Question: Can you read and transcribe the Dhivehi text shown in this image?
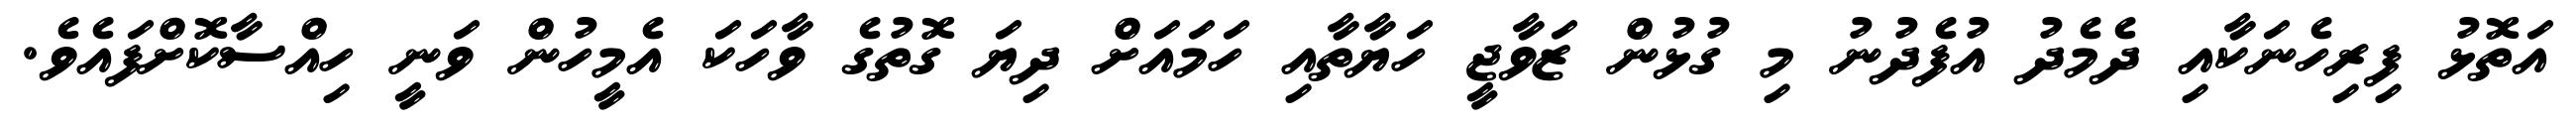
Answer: އަތޮޅު ފިރިހެނަކާއި ދެމެދު އުފެދުނު މި ގުޅުން ޒަވާޖީ ހަޔާތާއި ހަމައަށް ދިޔަ ގޮތުގެ ވާހަކަ އެމީހުން ވަނީ ހިއްސާކޮށްފައެވެ.